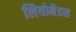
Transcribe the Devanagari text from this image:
लियोनैडस